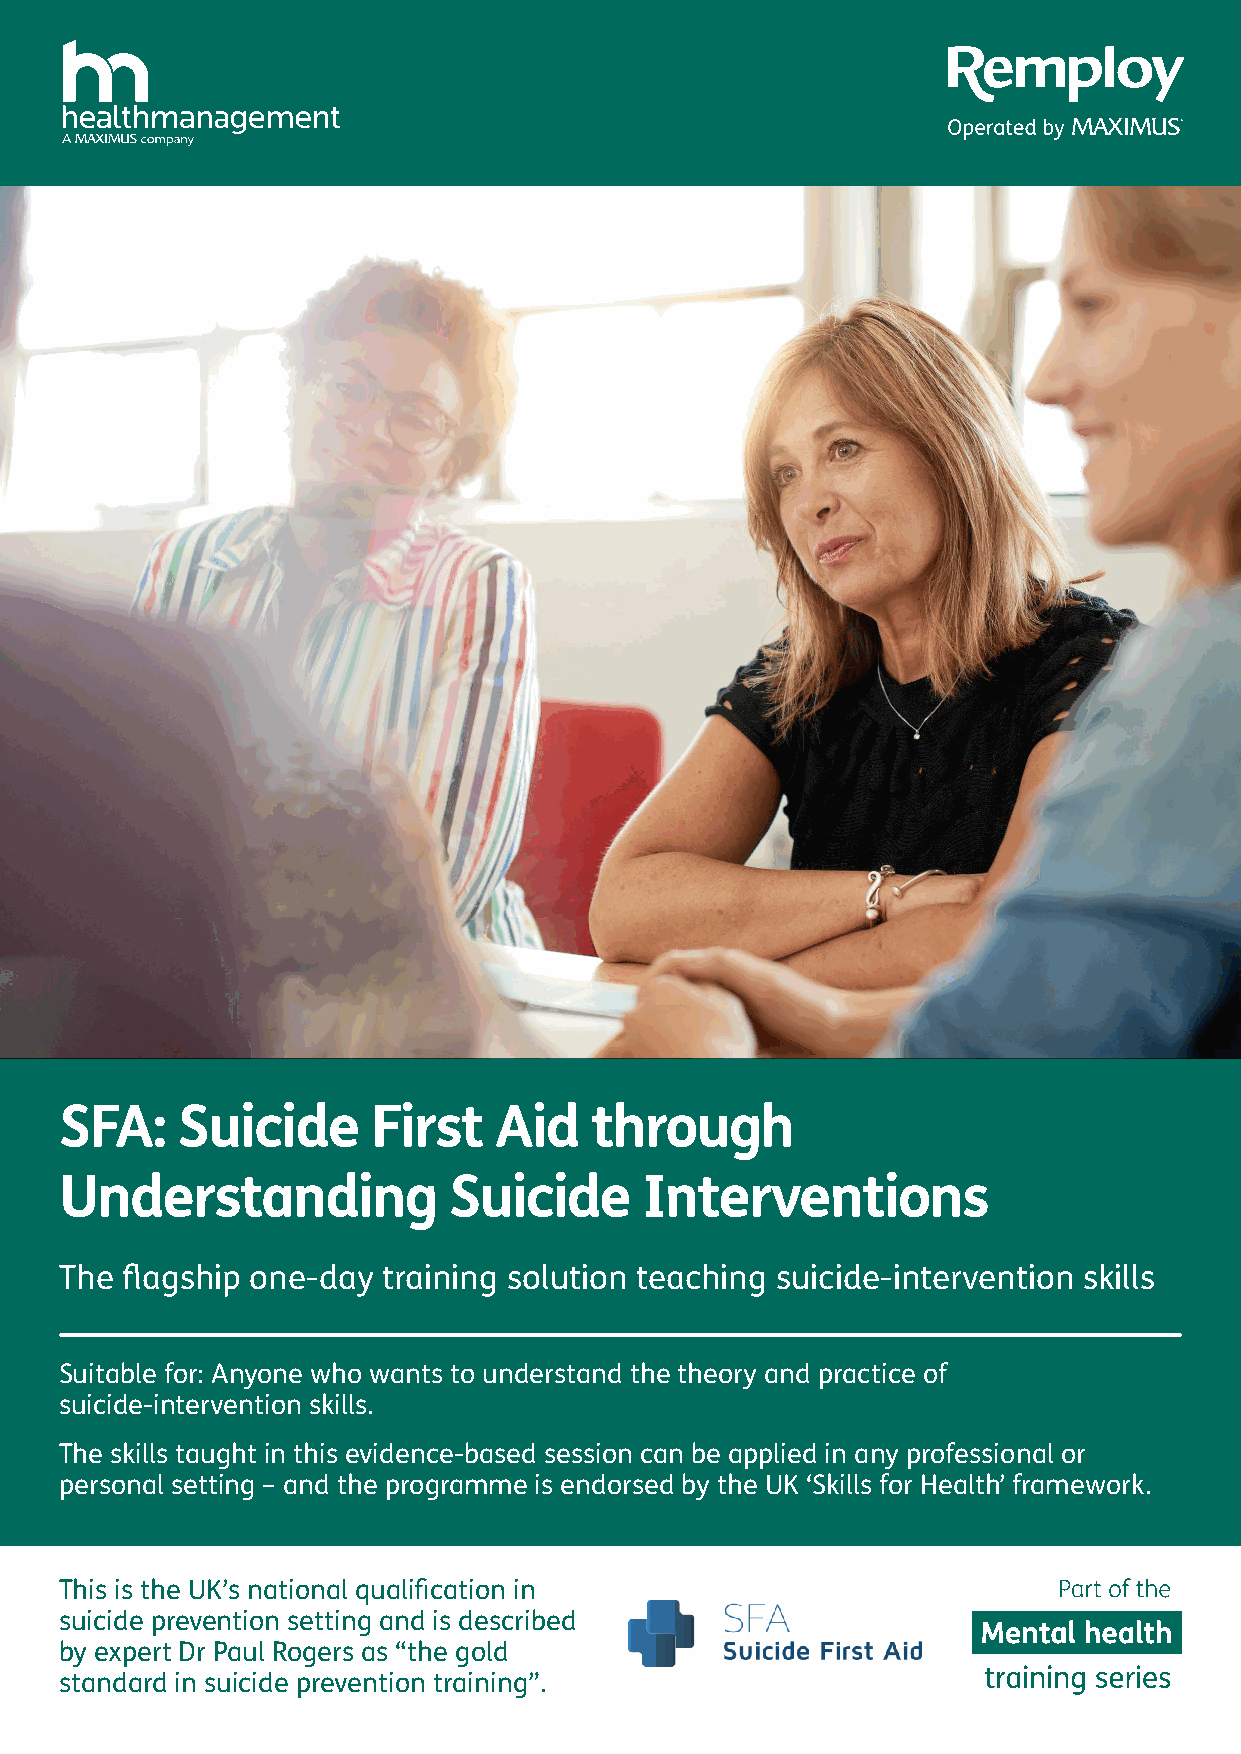
SFA:    Suicide      First   Aid   through
 Understanding             Suicide      Interventions
 The flagship one-day training solution teaching suicide-intervention skills
 Suitable for: Anyone who wants to understand the theory and practice of
 suicide-intervention skills.
 The skills taught in this evidence-based session can be applied in any professional or
 personal setting – and the programme is endorsed by the UK ‘Skills for Health’ framework.
 This is the UK’s national qualification in
 suicide prevention setting and is described
 by expert Dr Paul Rogers as “the gold
 standard in suicide prevention training”.